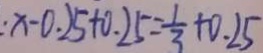
x - 0 . 2 5 + 0 . 2 5 = \frac { 1 } { 3 } + 0 . 2 5